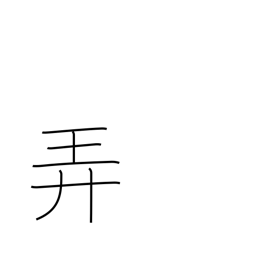
Meaning: trifle with